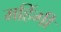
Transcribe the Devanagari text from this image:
महिंगी